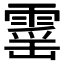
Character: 𮦡